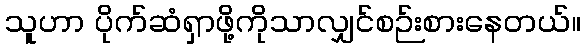
သူဟာ ပိုက်ဆံရှာဖို့ကိုသာလျှင်စဉ်းစားနေတယ်။